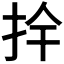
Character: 𭠛